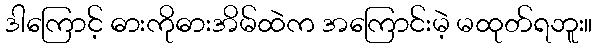
ဒါကြောင့် ဓားကိုဓားအိမ်ထဲက အကြောင်းမဲ့ မထုတ်ရဘူး။